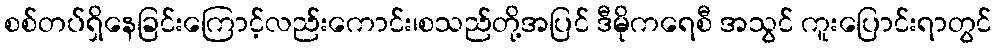
စစ်တပ်ရှိနေခြင်းကြောင့်လည်းကောင်း၊စသည်တို့အပြင် ဒီမိုကရေစီ အသွင် ကူးပြောင်းရာတွင်